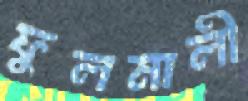
ফুলমালী